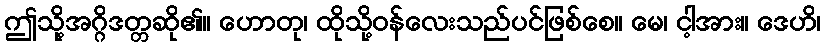
ဤသို့အဂ္ဂိဒတ္တဆို၏။ ဟောတု၊ ထိုသို့ဝန်လေးသည်ပင်ဖြစ်စေ။ မေ၊ ငါ့အား။ ဒေဟိ၊